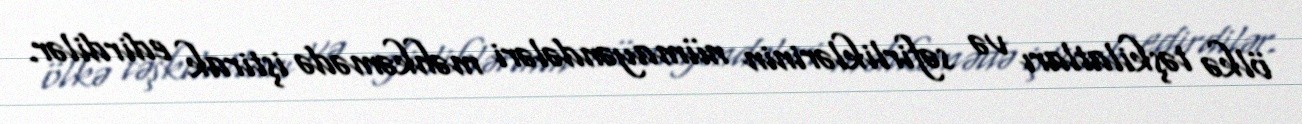
ölkə təşkilatları və səfirliklərinin nümayəndələri məhkəmədə iştirak edirdilər.